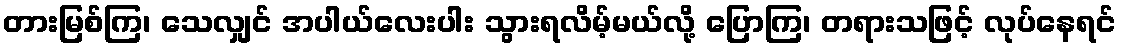
တားမြစ်ကြ၊ သေလျှင် အပါယ်လေးပါး သွားရလိမ့်မယ်လို့ ပြောကြ၊ တရားသဖြင့် လုပ်နေရင်